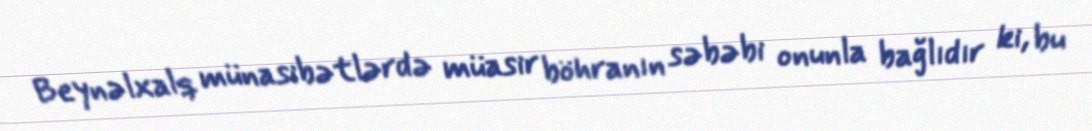
Beynəlxalq münasibətlərdə müasir böhranın səbəbi onunla bağlıdır ki, bu